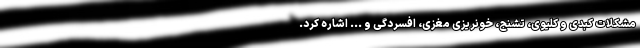
مشکلات کبدی و کلیوی، تشنج، خونریزی مغزی، افسردگی و ... اشاره کرد.